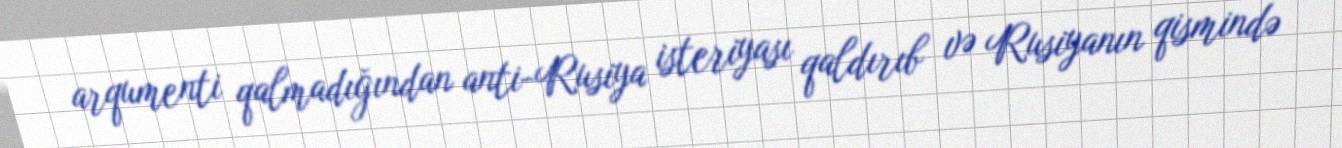
arqumenti qalmadığından anti-Rusiya isteriyası qaldırıb və Rusiyanın qismində